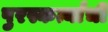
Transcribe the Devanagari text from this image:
पुरस्कर्त्यांची